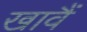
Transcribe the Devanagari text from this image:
खावैं